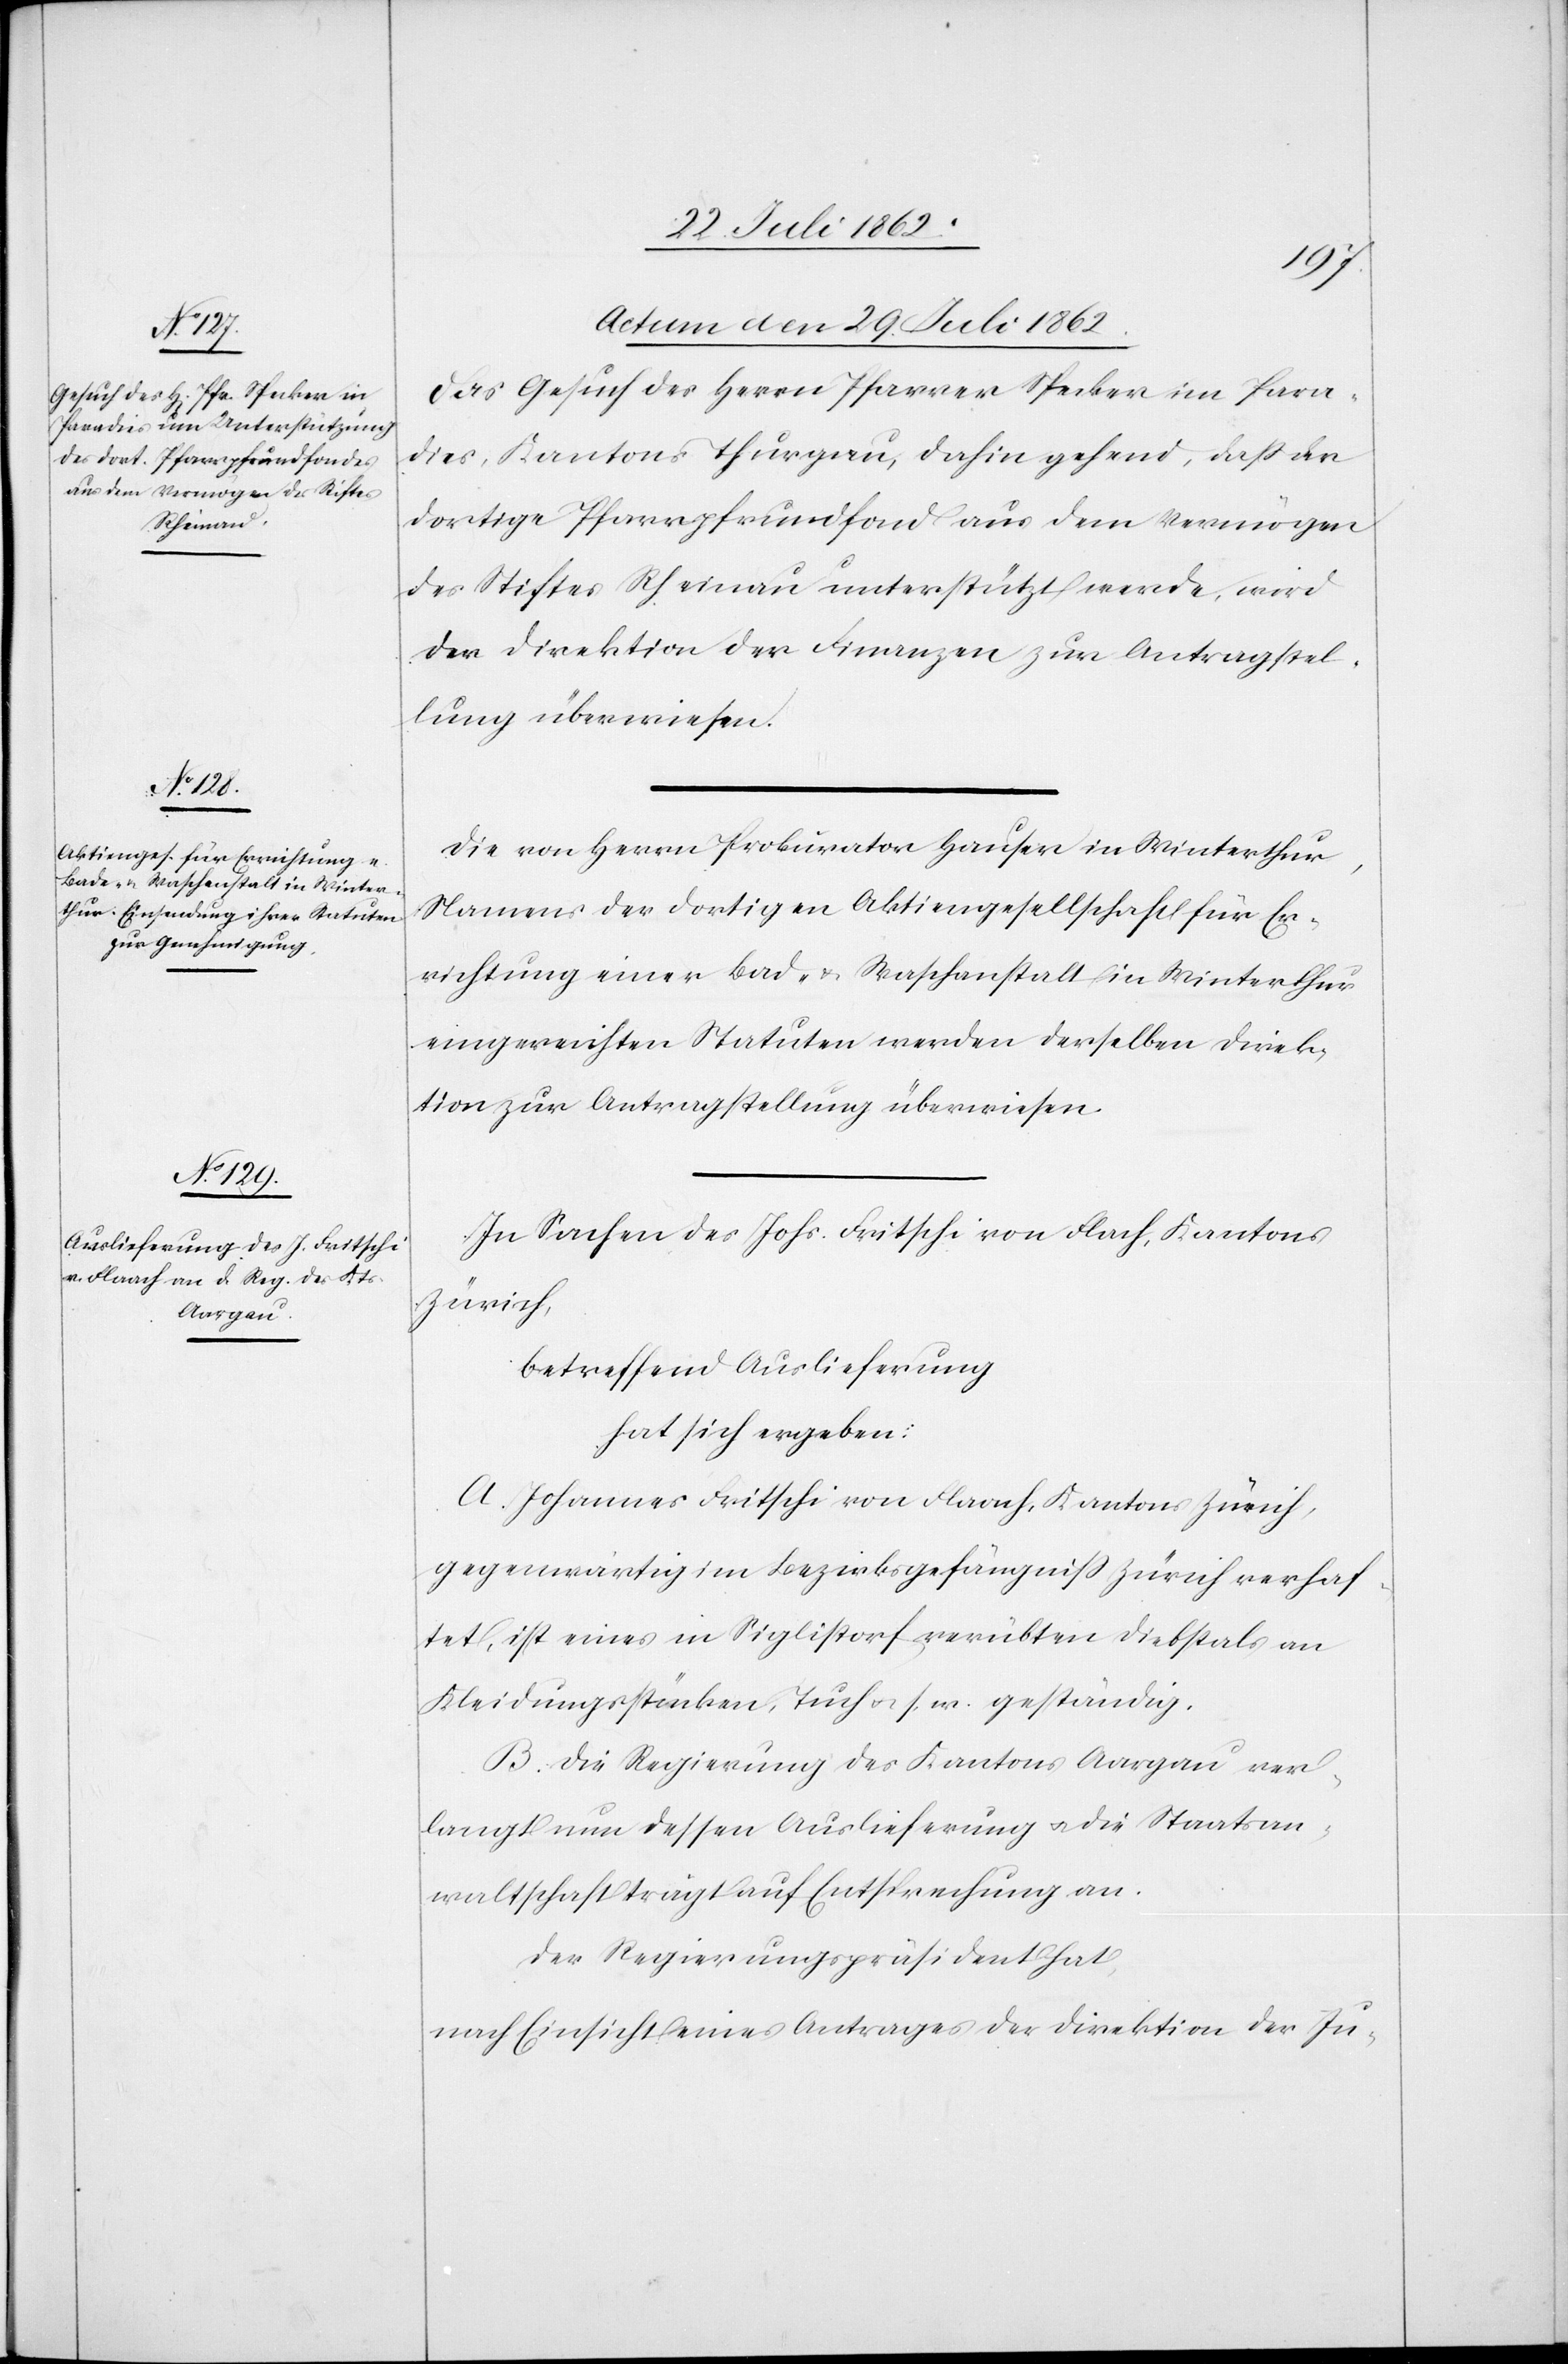
Actum den 29. Juli 1862.]
Das Gesuch des Herrn Pfarrer Specker im Para¬
dies, Kantons Thurgau, dahin gehend, daß der
dortige Pfarrpfrundfond aus dem Vermögen
des Stiftes Rheinau unterstützt werde, wird
der Direktion der Finanzen zur Antragstel¬
lung überwiesen.
Die von Herrn Prokurator Hauser in Winterthur,
Namens der dortigen Aktiengesellschaft für Er¬
richtung einer Bad- u. Waschanstalt in Winterthur
eingereichten Statuten werden derselben Direk¬
tion zur Antragstellung überwiesen.
In Sachen des Johs. Fritschi von Fla[a]ch, Kantons
Zürich,
betreffend Auslieferung
hat sich ergeben:
A. Johannes Fritschi von Flaach, Kantons Zürich,
gegenwärtig im Bezirksgefängniß Zürich verhaf¬
tet, ist eines in Siglistorf verübten Diebstals an
Kleidungsstücken, Tuch u. s. w. geständig.
B. Die Regierung des Kantons Aargau ver¬
langt um dessen Auslieferung u. die Staatsan¬
waltschaft trägt auf Entsprechung an.
Der Regierungspräsident hat
nach Einsicht eines Antrages der Direktion der Ju-